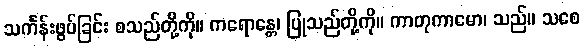
သင်္ကန်းဖွပ်ခြင်း စသည်တို့ကို။ ကရောန္တေ၊ ပြုသည်တို့ကို။ ကာတုကာမော၊ သည်။ သစေ